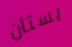
بستان